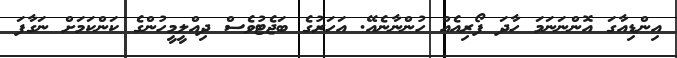
އިންޑިއާގަ އޮންނަނަމަ ހާދަ ފޯރިއެއް ހުންނާނެއޭ. އަހަރުގެ ބަޖެޓުވެސް ދިއްލީމީހުންގެ ކަންކަމަށް ނަގާފަ